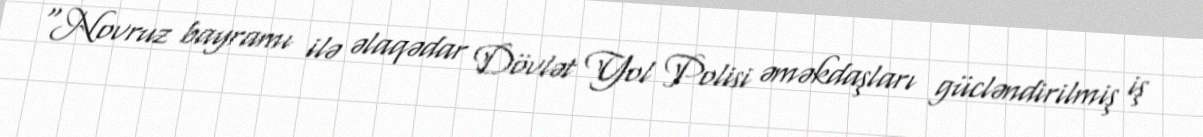
“Novruz bayramı ilə əlaqədar Dövlət Yol Polisi əməkdaşları gücləndirilmiş iş